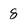
Character: 8